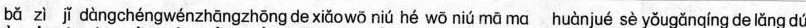
bǎ zì jǐ dàngchéngwénzhāngzhōng de xiǎowō niú hé wō nìú mā ma huànjué sè yǒugǎnqíng de lǎng dú